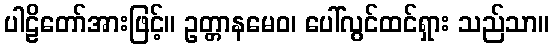
ပါဠိတော်အားဖြင့်။ ဥတ္တာနမေဝ၊ ပေါ်လွင်ထင်ရှား သည်သာ။